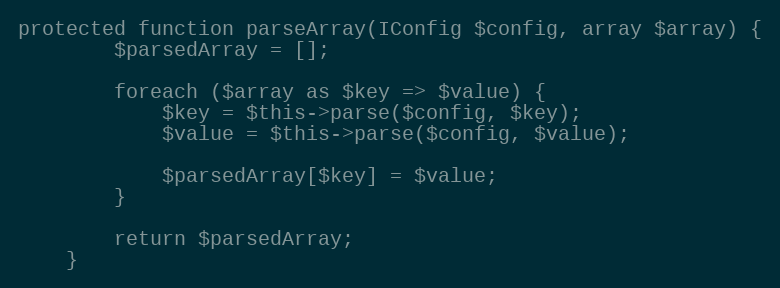
Language: PHP
protected function parseArray(IConfig $config, array $array) {
        $parsedArray = [];

        foreach ($array as $key => $value) {
            $key = $this->parse($config, $key);
            $value = $this->parse($config, $value);

            $parsedArray[$key] = $value;
        }

        return $parsedArray;
    }